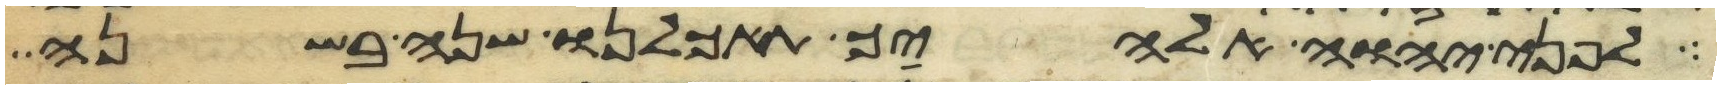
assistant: לפני יהוה אלהיך תאכלנו שנה בשנה